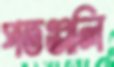
পতঞ্জলি